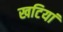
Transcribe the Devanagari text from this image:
खटियां